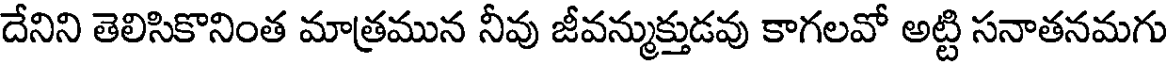
దేనిని తెలిసికొనింత మాత్రమున నీవు జీవన్ముక్తుడవు కాగలవో అట్టి సనాతనమగు